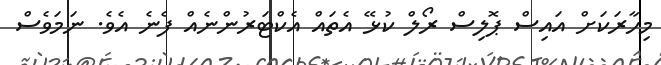
މިހާރަކަށް އައިސް ޕޮލިސް ރޯލް ކުޅޭ އެތައް އެކްޓަރުންނެއް ފެނެ އެވެ. ނަމަވެސް